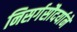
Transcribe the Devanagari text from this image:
निसर्गसौदर्याने